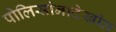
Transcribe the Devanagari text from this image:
पोलिसांनादेखील